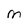
Character: M